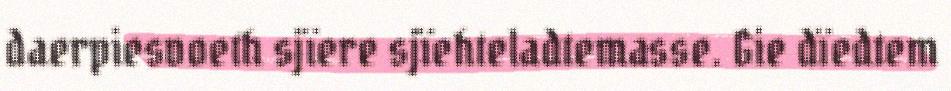
daerpiesvoeth sjïere sjïehteladtemasse. Gie dïedtem